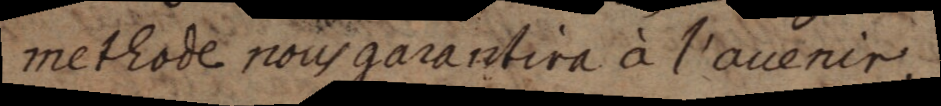
methode nous garantira à l’avenir.